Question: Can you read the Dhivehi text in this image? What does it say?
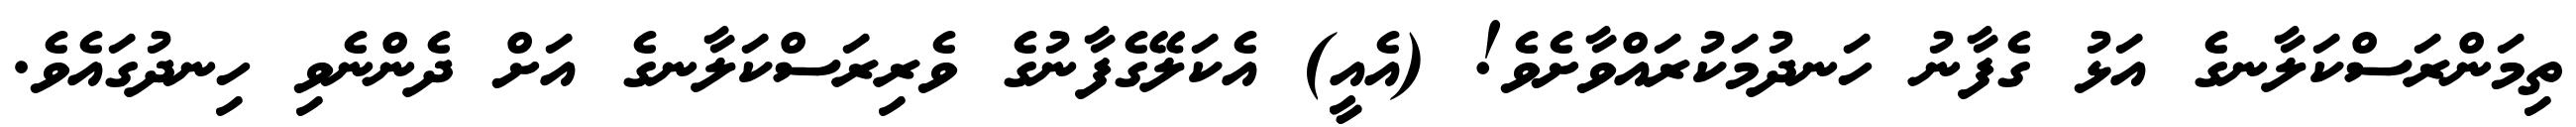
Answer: ތިމަންރަސްކަލާނގެ އަޅު ގެފާނު ހަނދުމަކުރައްވާށެވެ! (އެއީ) އެކަލޭގެފާނުގެ ވެރިރަސްކަލާނގެ އަށް ދެންނެވި ހިނދުގައެވެ.